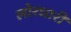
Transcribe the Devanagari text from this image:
लोरधारी